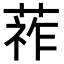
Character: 𦵬